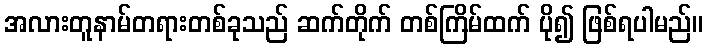
အလားတူနာမ်တရားတစ်ခုသည် ဆက်တိုက် တစ်ကြိမ်ထက် ပို၍ ဖြစ်ရပါမည်။